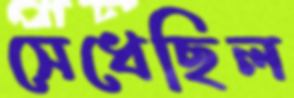
সেধেছিল